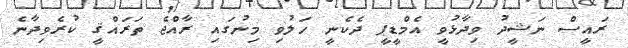
ރައީސް ނަޝީދު ވިދާޅުވީ އެމްޑީޕީ ދެކެނީ ހަލުވި މިނުގައި ރާއްޖެ ތަރައްޤީ ކުރެވިދާނެ